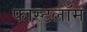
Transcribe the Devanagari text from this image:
फास्टलॉम